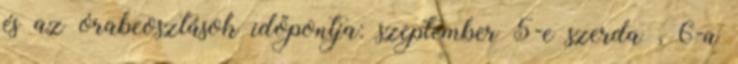
és az órabeosztások időpontja: szeptember 5-e szerda , 6-a